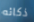
ذكائه